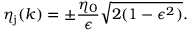
\eta _ { \mathrm { j } } ( k ) = \pm \frac { \eta _ { 0 } } { \epsilon } \sqrt { 2 ( 1 - \epsilon ^ { 2 } ) } .